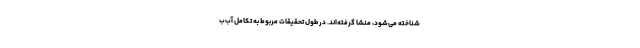
شناخته می‌شود، منشا گرفته‌اند. در طول تحقیقات مربوط به تکامل آب‌ب